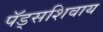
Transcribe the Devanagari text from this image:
पॅड्सशिवाय